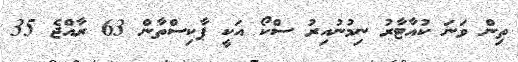
ތިން ވަނަ ކުއާޓާރު ނިމުނުއިރު ސްކޯ އަކީ ޕާކިސްތާން 63 ރާއްޖެ 35